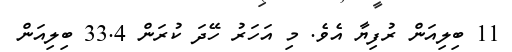
11 ބިލިއަން ރުފިޔާ އެވެ. މި އަހަރު ހޭދަ ކުރަން 33.4 ބިލިއަން